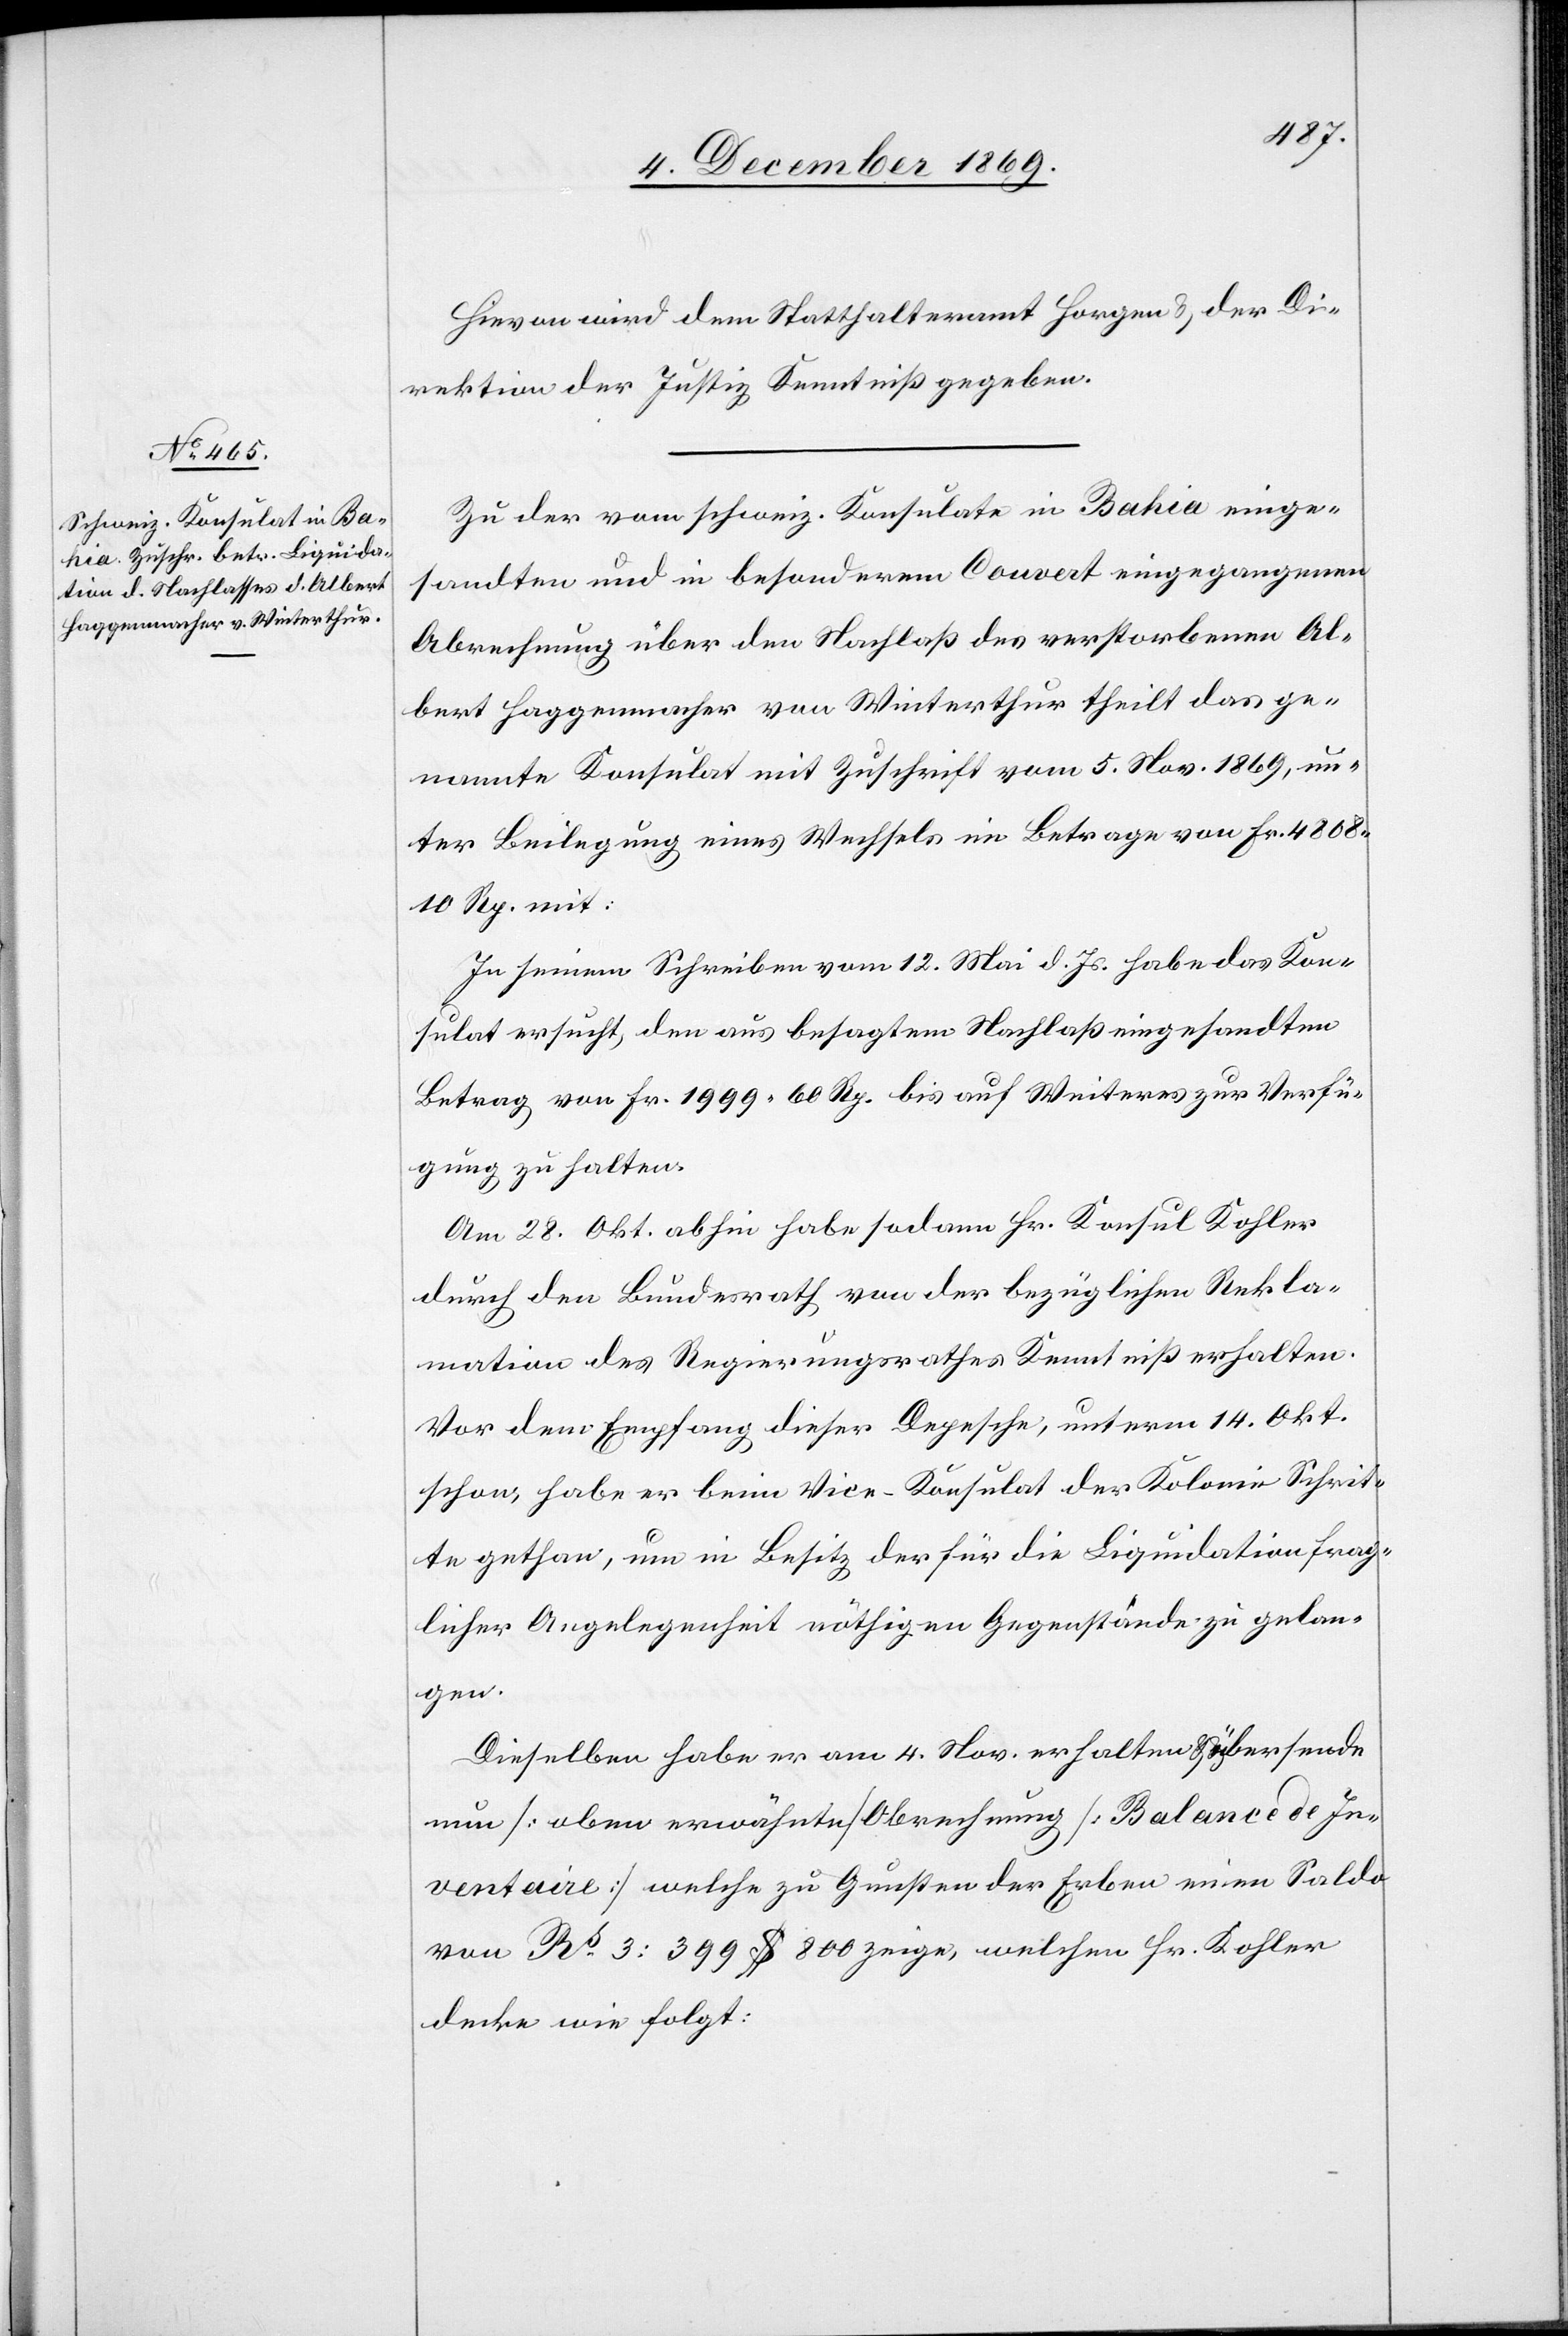
9. December 1869.]
Hievon wird dem Statthalteramt Horgen & der Di¬
rektion der Justiz Kenntniß gegeben.
Zu der vom schweiz. Konsulate in Bahia einge¬
sandten und in besonderem Couvert eingegangenen
Abrechnung über den Nachlaß des verstorbenen Al¬
bert Haggenmacher von Winterthur theilt das ge¬
nannte Konsulat mit Zuschrift vom 5. Nov. 1869, un¬
ter Beilegung eines Wechsels im Betrage von Fr. 4808
10 Rp. mit:
In seinem Schreiben vom 12. Mai d. Js. habe das Kon¬
sulat ersucht, den aus besagtem Nachlaß eingesandten
Betrag von Fr. 1999 60 Rp. bis auf Weiteres zur Verfü¬
gung zu halten.
Am 28. Okt. abhin habe sodann Hr. Konsul Kohler
durch den Bundesrath von der bezüglichen Rekla¬
mation des Regierungsrathes Kenntniß erhalten.
Vor dem Empfang dieser Depesche, unterm 14. Okt.
schon, habe er beim Vice-Konsulat der Kolonie Schrit¬
te gethan, um in Besitz der für die Liquidation frag¬
licher Angelegenheit nöthigen Gegenstände zu gelan¬
gen.
Dieselben habe er am 4. Nov. erhalten & übersende
nun [oben erwähnte] Obrechnung [recte: Abrechnung]
Inventaire] welche zu Gunsten der Erben einen Saldo
von Rs 3: 399 $ 800 zeige, welchen Hr. Kohler
decke wie folgt: